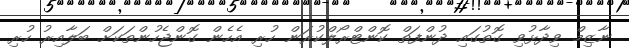
ނާޒިމް ވިދާޅުވި ގޮތުގައި ދުންފަތް ކޮންޓްރޯލްކުރަން ހުރި އެހެން ގޮންޖެހުންތަކަށް ބަލާއިރު ހުރި